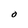
Character: O